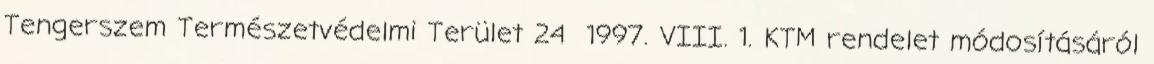
Tengerszem Természetvédelmi Terület 24 1997. VIII. 1. KTM rendelet módosításáról